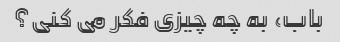
باب، به چه چیزی فکر می کنی؟